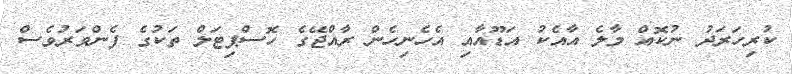
ކުރިހަރަދު ނުކޮއް މާލެ އާއެކު އަޑޫއާއި އެހެނިހެން ރާއްޖޭގެ ހޮސްޕިޓަލް ތަކުގެ ފެންވަރުވެސް